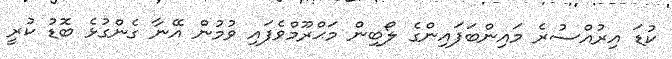
ކުޑަ އިރުއްސުރެ މައިންބަފައިންގެ ލޯބިން މަޙްރޫމްވެފައި ވުމުން އޭނާ ގެންގުޅެ ބޮޑު ކުރީ